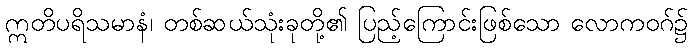
ဣတိပရိသမာနံ၊ တစ်ဆယ်သုံးခုတို့၏ ပြည့်ကြောင်းဖြစ်သော လောကဝဂ်၌